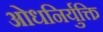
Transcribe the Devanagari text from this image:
ओधनिर्युक्ति